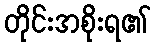
တိုင်းအစိုးရ၏